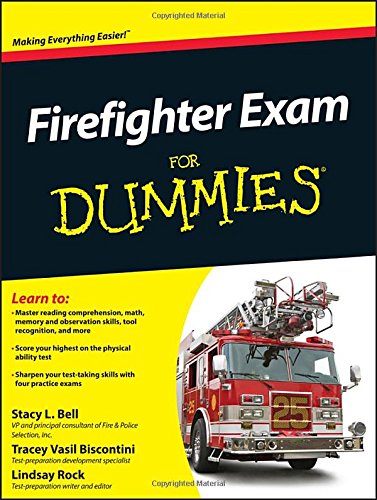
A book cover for Firefighter Exam For Dummies; Stacy L. Bell; Test Preparation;